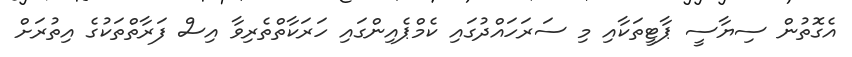
އެގޮތުން ސިޔާސީ ޕާޓީތަކާއި މި ސަރަހައްދުގައި ކެމްޕެއިންގައި ހަރަކާތްތެރިވާ އިސް ފަރާތްތަކުގެ އިތުރަށް